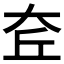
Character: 𡘄